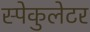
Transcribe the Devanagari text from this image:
स्पेकुलेटर